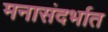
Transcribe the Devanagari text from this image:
मनासंदर्भात